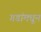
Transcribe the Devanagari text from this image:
गडांमधून